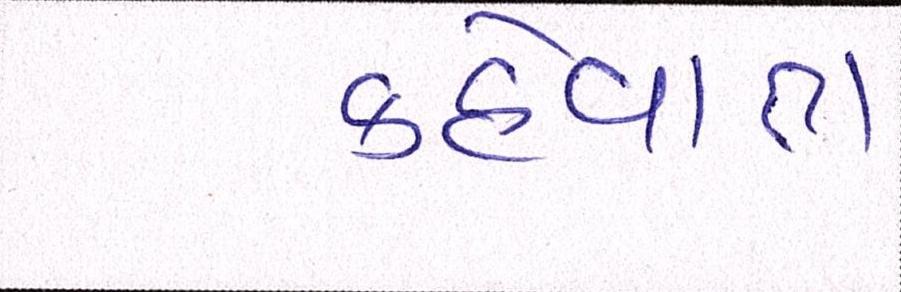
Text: કહેવાતા